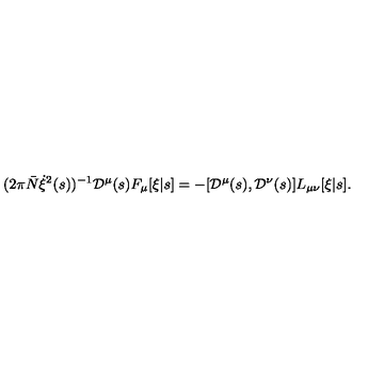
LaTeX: ( 2 \pi { \bar { N } } \dot { \xi } ^ { 2 } ( s ) ) ^ { - 1 } { \cal D } ^ { \mu } ( s ) F _ { \mu } [ \xi | s ] = - [ { \cal D } ^ { \mu } ( s ) , { \cal D } ^ { \nu } ( s ) ] L _ { \mu \nu } [ \xi | s ] .